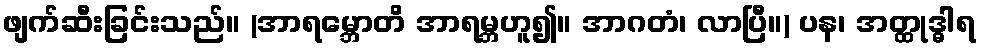
ဖျက်ဆီးခြင်းသည်။ (အာရမ္ဘောတိ အာရမ္ဘဟူ၍။ အာဂတံ၊ လာပြီ။) ပန၊ အတ္ထုဒ္ဓါရ